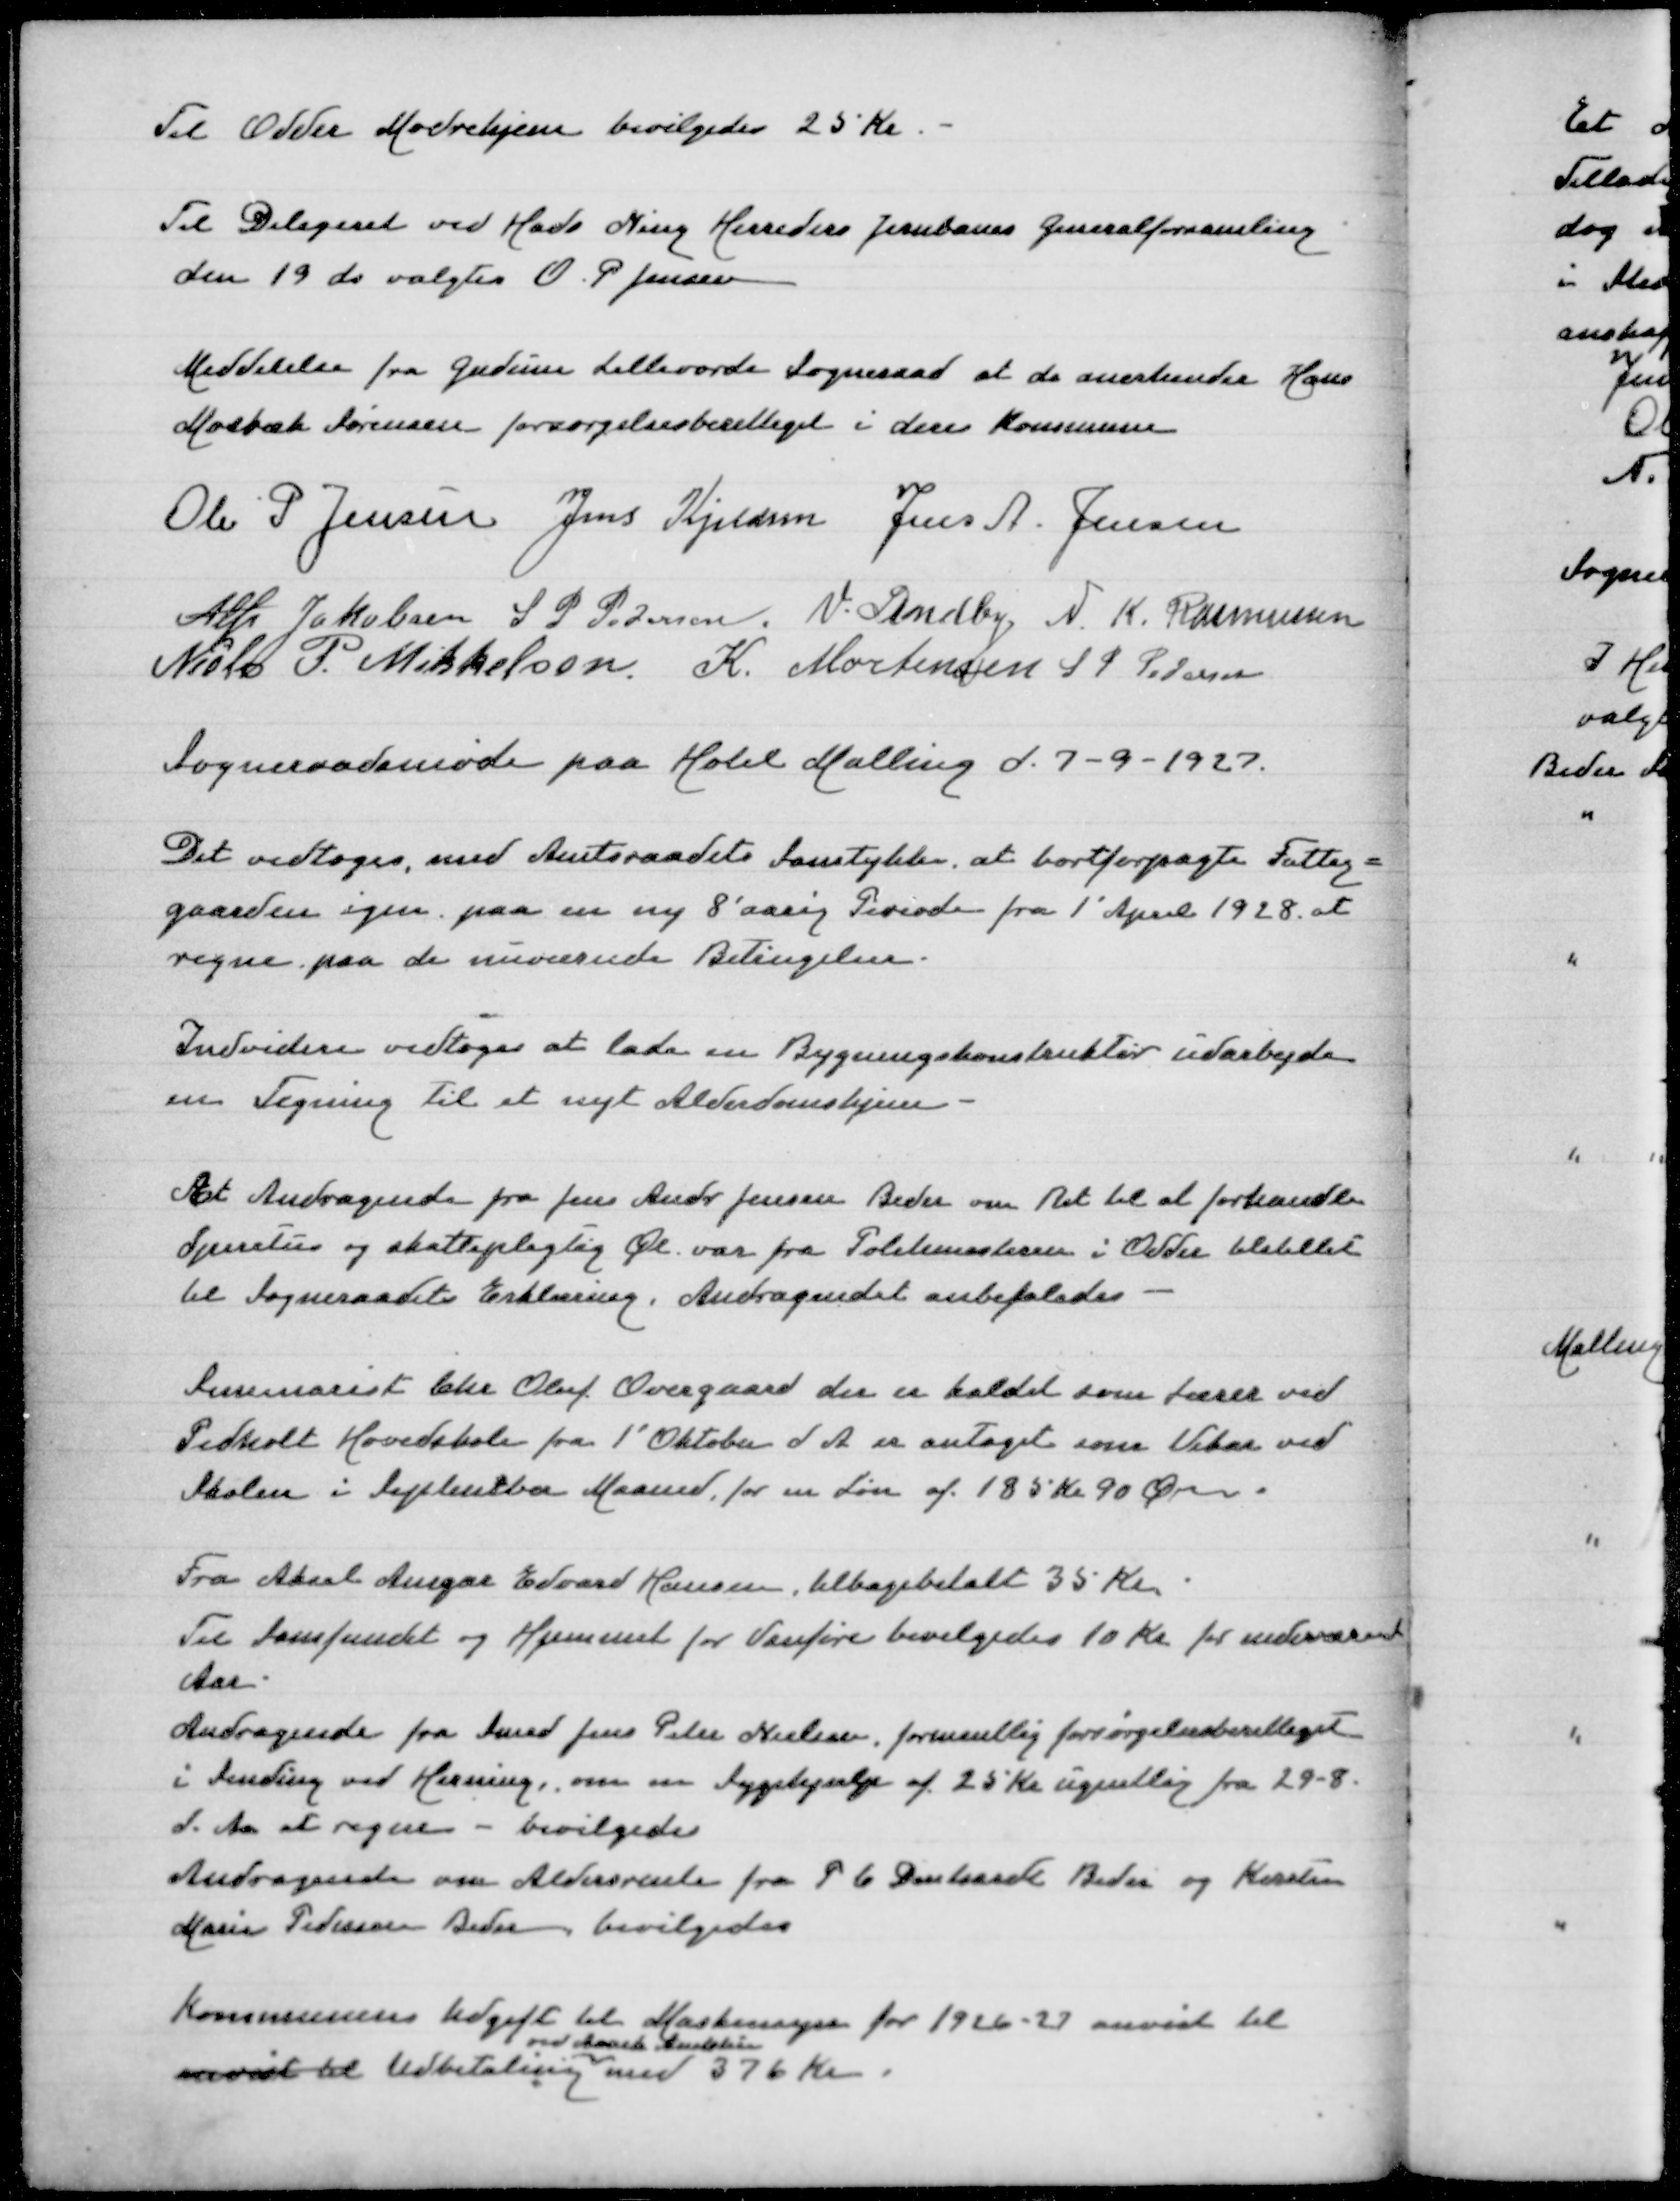
Transskription:
Til Odder Mødrehjem bevilgedes 25 Kr

Til Delegeret ved Hads Ning Herreders Jernbanes Generalforsamling
den 19 ds valgtes O P Jensen

Meddelelse fra Gudum Lillevorde Sogneraad at de anerkender Hans
Mosbæk Sørensen forsørgelsesberettiget i deres Kommune

Ole P Jensen
Jens Kjeldsen
Jens A Jensen
Alfr Jakobsen
S P Pedersen
V Lindby
N K Rasmussen
Niels P Mikkelsen
K Mortensen
S P Pedersen

Sogneraadsmøde paa Hotel Malling d 7-9-1927

Det vedtoges, med Amtsraadets Samtykke at bortforpagte Fattig=
gaarden igen paa en ny 8' aarig Periode fra 1' April 1928 at
regne paa de nuværende Betingelser

Indvidere vedtoges at lade en Bygningskonstruktør udarbejde
en Tegning til et nyt Alderdomshjem

Et Andragende fra Jens Andr Jensen Beder om Ret til at forhandle
Spiritus og Skattepligtig Øl var fra Politimesteren i Odder tilstillet
til Sogneraadets Erklæring, Andragendet anbefaledes

Seminarist Chr Oluf Overgaard der er kaldet som Lærer ved
Pedholt Hovedskole fra 1' Oktober d A er antaget som Vikar ved
Skolen i September Maaned for en Løn af 185 Kr 90 Øre

Fra Aksel Ansgar Edvard Hansen tilbagebetalt 35 Kr
Til Samfundet og Hjemmet for Vanføre bevilgedes 10 Kr for indeværende
Aar
Andragende fra Smed Jens Peter Nielsen, formantlig forsørgelsesberettiget
i Sinding ved Herning, om en Sygehjælp af 25 Kr ugentlig fra 29-8
d A at regne - bevilgedes
Andragende om Aldersrente fra P C Denhardt Beder og Kirsten
Marie Pedersen Beder, bevilgedes

Kommunens Udgift til Maskinsyn for 1926-27 anvist
ved Aarh Amtsstue
anvist til Udbetaling med 376 Kr